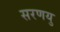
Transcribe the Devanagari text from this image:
सरणयु